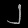
Digit: ၂